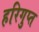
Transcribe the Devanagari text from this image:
हरिगुप्त